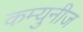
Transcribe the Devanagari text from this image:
कम्युनीज